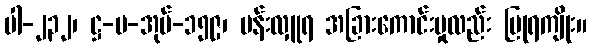
ပါ-၂၃၂၊ ဋ္ဌ-ပ-အုပ်-၁၅၉၊ ပန်းလှူရ အခြားကောင်းမှုလည်း ပြုရကျိုး။